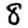
Digit: 8